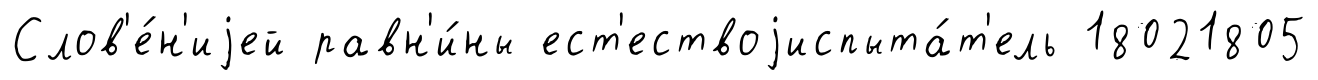
Слов'е́н'иjей равн'и́ны ест'ествоjиспыта́т'ель 18021805